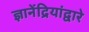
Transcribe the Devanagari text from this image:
ज्ञानेंद्रियांद्वारे